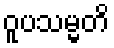
ဝူပသမ္မတိ